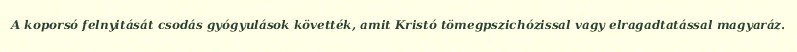
A koporsó felnyitását csodás gyógyulások követték, amit Kristó tömegpszichózissal vagy elragadtatással magyaráz.